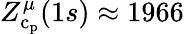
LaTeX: Z_{\mathrm{c}_{\mathrm{p}}}^{\mu}(1s)\approx 1966